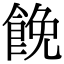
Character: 𩛟